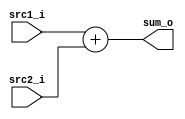
//a 0516327
//Subject:     CO project 2 - Adder
//--------------------------------------------------------------------------------
//Version:     1
//--------------------------------------------------------------------------------
//Writer:      Luke
//----------------------------------------------
//Date:        
//----------------------------------------------
//Description: 
//--------------------------------------------------------------------------------

module Adder(
    src1_i,
	src2_i,
	sum_o
	);

input  [32-1:0]  src1_i;
input  [32-1:0]	 src2_i;
output [32-1:0]	 sum_o;

wire   [32-1:0]	 sum_o;

reg    [32-1:0]  result;

always@(*)begin
    result = {src1_i + src2_i};
end

assign sum_o = result;

endmodule